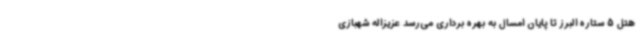
هتل 5 ستاره البرز تا پایان امسال به بهره برداری می‌رسد عزیزاله شهبازی